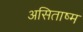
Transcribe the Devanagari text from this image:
असिताष्म